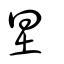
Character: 圼